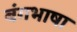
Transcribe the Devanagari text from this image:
बंगभाषा